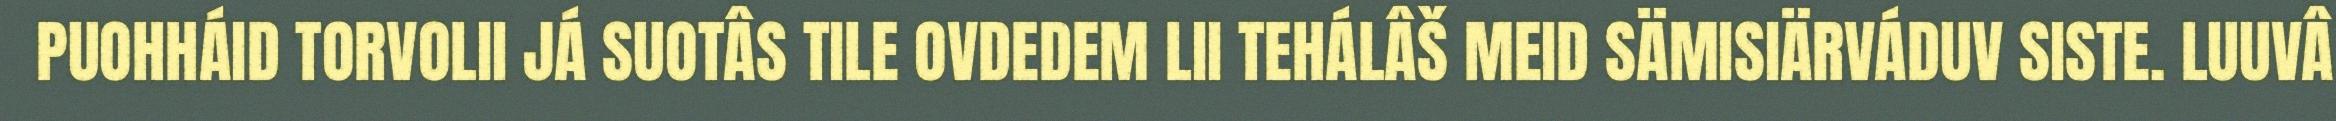
PUOHHÁID TORVOLII JÁ SUOTÂS TILE OVDEDEM LII TEHÁLÂŠ MEID SÄMISIÄRVÁDUV SISTE. LUUVÂ